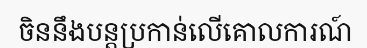
ចិននឹងបន្តប្រកាន់លើគោលការណ៍